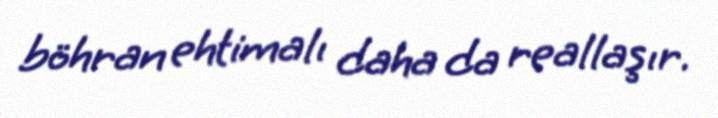
böhran ehtimalı daha da reallaşır.